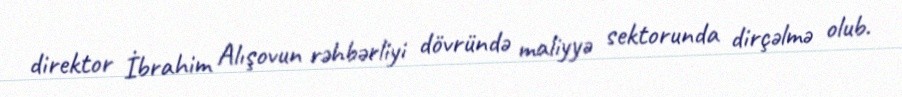
direktor İbrahim Alışovun rəhbərliyi dövründə maliyyə sektorunda dirçəlmə olub.